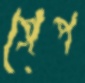
সেপ